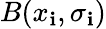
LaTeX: B(x_{\mathbf{i}},\sigma_{\mathbf{i}})